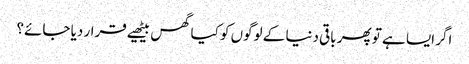
اگر ایسا ہے تو پھر باقی دنیا کے لوگوں کو کیا گھس بیٹھیے قرار دیا جائے؟